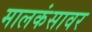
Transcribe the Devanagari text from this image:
मालकंसावर